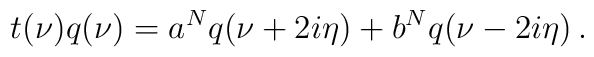
t(\nu)q(\nu)=a^Nq(\nu+2i\eta)+b^Nq(\nu-2i\eta)\,.